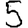
Digit: 5